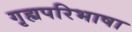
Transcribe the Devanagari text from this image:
गृह्यपरिभाषा